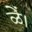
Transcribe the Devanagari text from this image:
ळें।